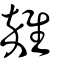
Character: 雜